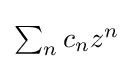
{\textstyle \sum _{n}c_{n}z^{n}}